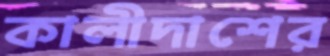
কালীদাশের